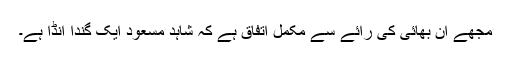
مجھے ان بھائی کی رائے سے مکمل اتفاق ہے کہ شاہد مسعود ایک گندا انڈا ہے۔